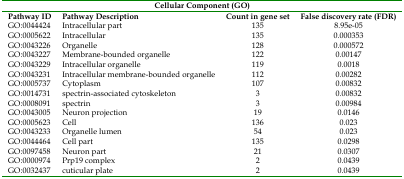
<table><thead><tr><td colspan="4"><b>Cellular Component (GO)</b></td></tr></thead><tbody><tr><td>Pathway ID</td><td>Pathway Description</td><td>Count in gene set</td><td>False discovery rate (FDR)</td></tr><tr><td>GO:0044424</td><td>Intracellular part</td><td>135</td><td>8.95E-05</td></tr><tr><td>GO:0005622</td><td>Intracellular</td><td>135</td><td>0.000353</td></tr><tr><td>GO:0043226</td><td>Organelle</td><td>128</td><td>0.000572</td></tr><tr><td>GO:0043227</td><td>Membrane-bounded organelle</td><td>122</td><td>0.00147</td></tr><tr><td>GO:0043229</td><td>Intracellular organelle</td><td>119</td><td>0.0018</td></tr><tr><td>GO:0043231</td><td>Intracellular membrane-bounded organelle</td><td>112</td><td>0.00282</td></tr><tr><td>GO:0005737</td><td>Cytoplasm</td><td>107</td><td>0.00832</td></tr><tr><td>GO:0014731</td><td>spectrin-associated cytoskeleton</td><td>3</td><td>0.00832</td></tr><tr><td>GO:0008091</td><td>spectrin</td><td>3</td><td>0.00984</td></tr><tr><td>GO:0043005</td><td>Neuron projection</td><td>19</td><td>0.0146</td></tr><tr><td>GO:0005623</td><td>Cell</td><td>136</td><td>0.023</td></tr><tr><td>GO:0043233</td><td>Organelle lumen</td><td>54</td><td>0.023</td></tr><tr><td>GO:0044464</td><td>Cell part</td><td>135</td><td>0.0298</td></tr><tr><td>GO:0097458</td><td>Neuron part</td><td>21</td><td>0.0307</td></tr><tr><td>GO:0000974</td><td>Prp19 complex</td><td>2</td><td>0.0439</td></tr><tr><td>GO:0032437</td><td>cuticular plate</td><td>2</td><td>0.0439</td></tr></tbody></table>